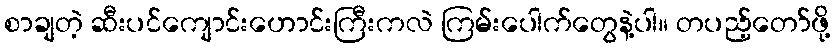
စာချတဲ့ ဆီးပင်ကျောင်းဟောင်းကြီးကလဲ ကြမ်းပေါက်တွေနဲ့ပါ။ တပည့်တော်ဖို့